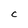
Character: C